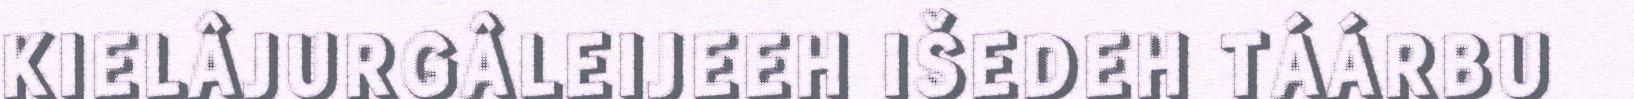
KIELÂJURGÂLEIJEEH IŠEDEH TÁÁRBU